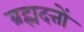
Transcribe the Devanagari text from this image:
ब्रह्मदत्तों